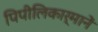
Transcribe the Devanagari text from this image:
पिपीलिकार्मानें